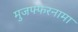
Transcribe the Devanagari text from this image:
मुजफ्फरनामा